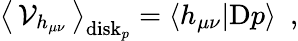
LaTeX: \big\langle\, {\cal V}_{h_{\mu\nu}}\, \big\rangle_{\mathrm{disk}_{p}}=\langle h_{\mu\nu}|\mathrm{D}p\rangle~~,